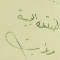
طفلتك الحبيبة مرغريت